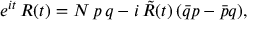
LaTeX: e ^ { i t } \, R ( t ) = N \, p \, q - i \, \tilde { R } ( t ) \, ( \bar { q } p - \bar { p } q ) ,